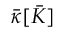
\bar { \kappa } [ \bar { K } ]